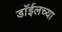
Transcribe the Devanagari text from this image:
डाॅईलच्या